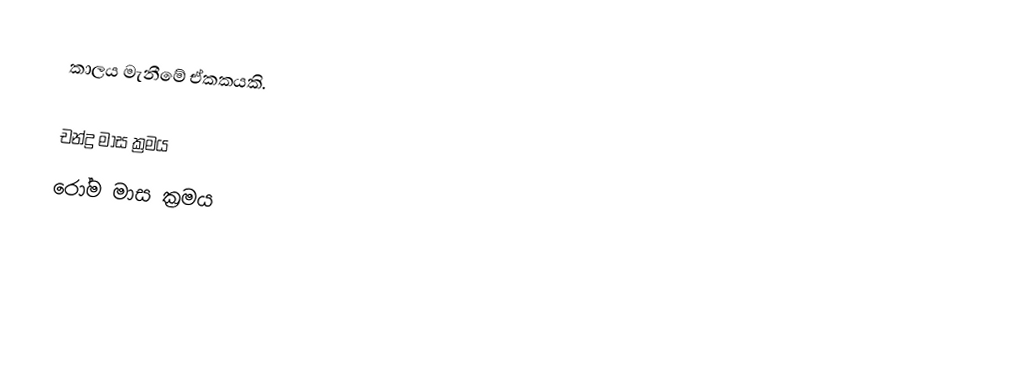
කාලය මැනීමේ ඒකකයකි.

 චන්ද්‍ර මාස ක්‍රමය
 රෝම මාස ක්‍රමය